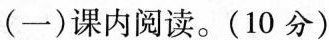
(一)课内阅读。(10分)